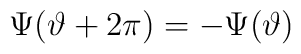
\Psi (\vartheta +2\pi )=-\Psi (\vartheta )